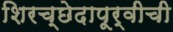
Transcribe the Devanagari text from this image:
शिरच्छेदापूर्वीची